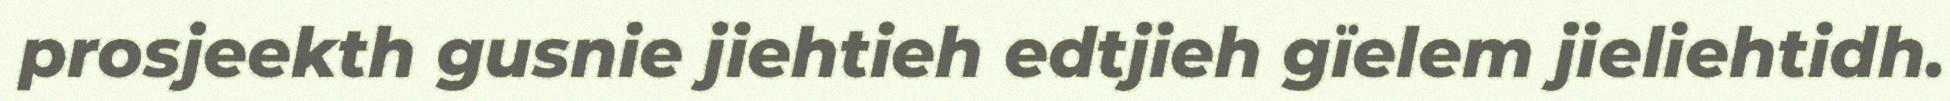
prosjeekth gusnie jiehtieh edtjieh gïelem jieliehtidh.